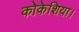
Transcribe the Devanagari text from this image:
कोकेशिया।